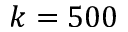
k = 5 0 0